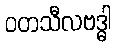
ဝတသီလဗဒ္ဓါ